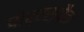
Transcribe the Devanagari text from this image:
पोर्टस्पैन